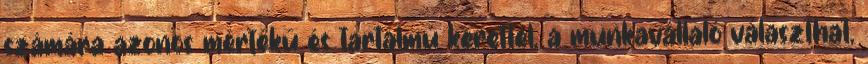
számára azonos mértékű és tartalmú kerettel, a munkavállaló választhat,